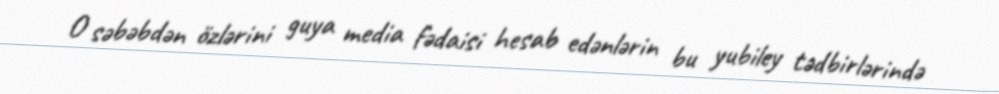
O səbəbdən özlərini guya media fədaisi hesab edənlərin bu yubiley tədbirlərində